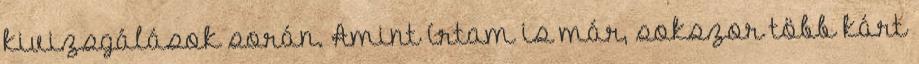
kivizsgálások során. Amint írtam is már, sokszor több kárt